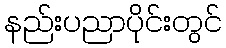
နည်းပညာပိုင်းတွင်